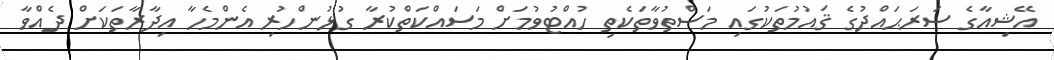
އޭޝިއާގެ ސަރަޙައްދުގެ ޤައުމުތަކުގައި މަސްތުވާތަކެތި ހުއްޓުވުމަށް މަސައްކަތްކުރާ ގުޅުންހުރި އެންމެހާ އިދާރާތަކަށް ދެއްވާ